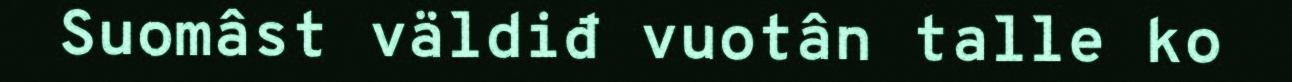
Suomâst väldiđ vuotân talle ko